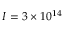
I = 3 \times 1 0 ^ { 1 4 }